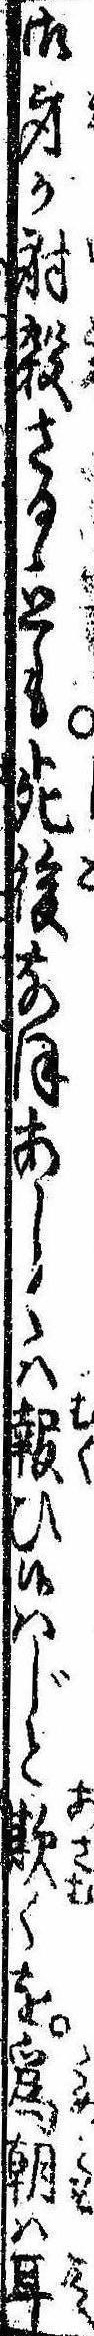
御身が射殺さるゝとも死後なほあしくは報ひ候はじと欺くを為朝は耳